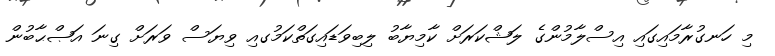
މި ހަނގުރާމައިގައި އިސްލާމުންގެ ލަޝްކަރަށް ކާމިޔާބު ލިބިވަޑައިގަތްކަމުގއި ވިޔަސް ވަރަށް ގިނަ އަޞްޙާބުން